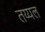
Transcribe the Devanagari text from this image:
तय्यल